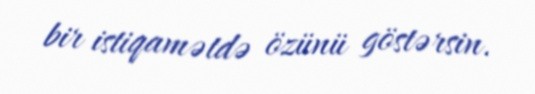
bir istiqamətdə özünü göstərsin.